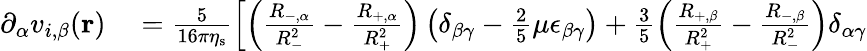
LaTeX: \begin{array}{rl}{\partial_{\alpha}v_{i,\beta}(\mathbf{r})}&{{}=\frac{5}{16\pi\eta_{\mathrm{s}}}\left[\left(\frac{R_{-,\alpha}}{R_{-}^{2}}-\frac{R_{+,\alpha}}{R_{+}^{2}}\right)\left(\delta_{\beta\gamma}-\frac{2}{5}\mu\epsilon_{\beta\gamma}\right)+\frac{3}{5}\left(\frac{R_{+,\beta}}{R_{+}^{2}}-\frac{R_{-,\beta}}{R_{-}^{2}}\right)\delta_{\alpha\gamma}\right.}\end{array}